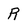
Character: R